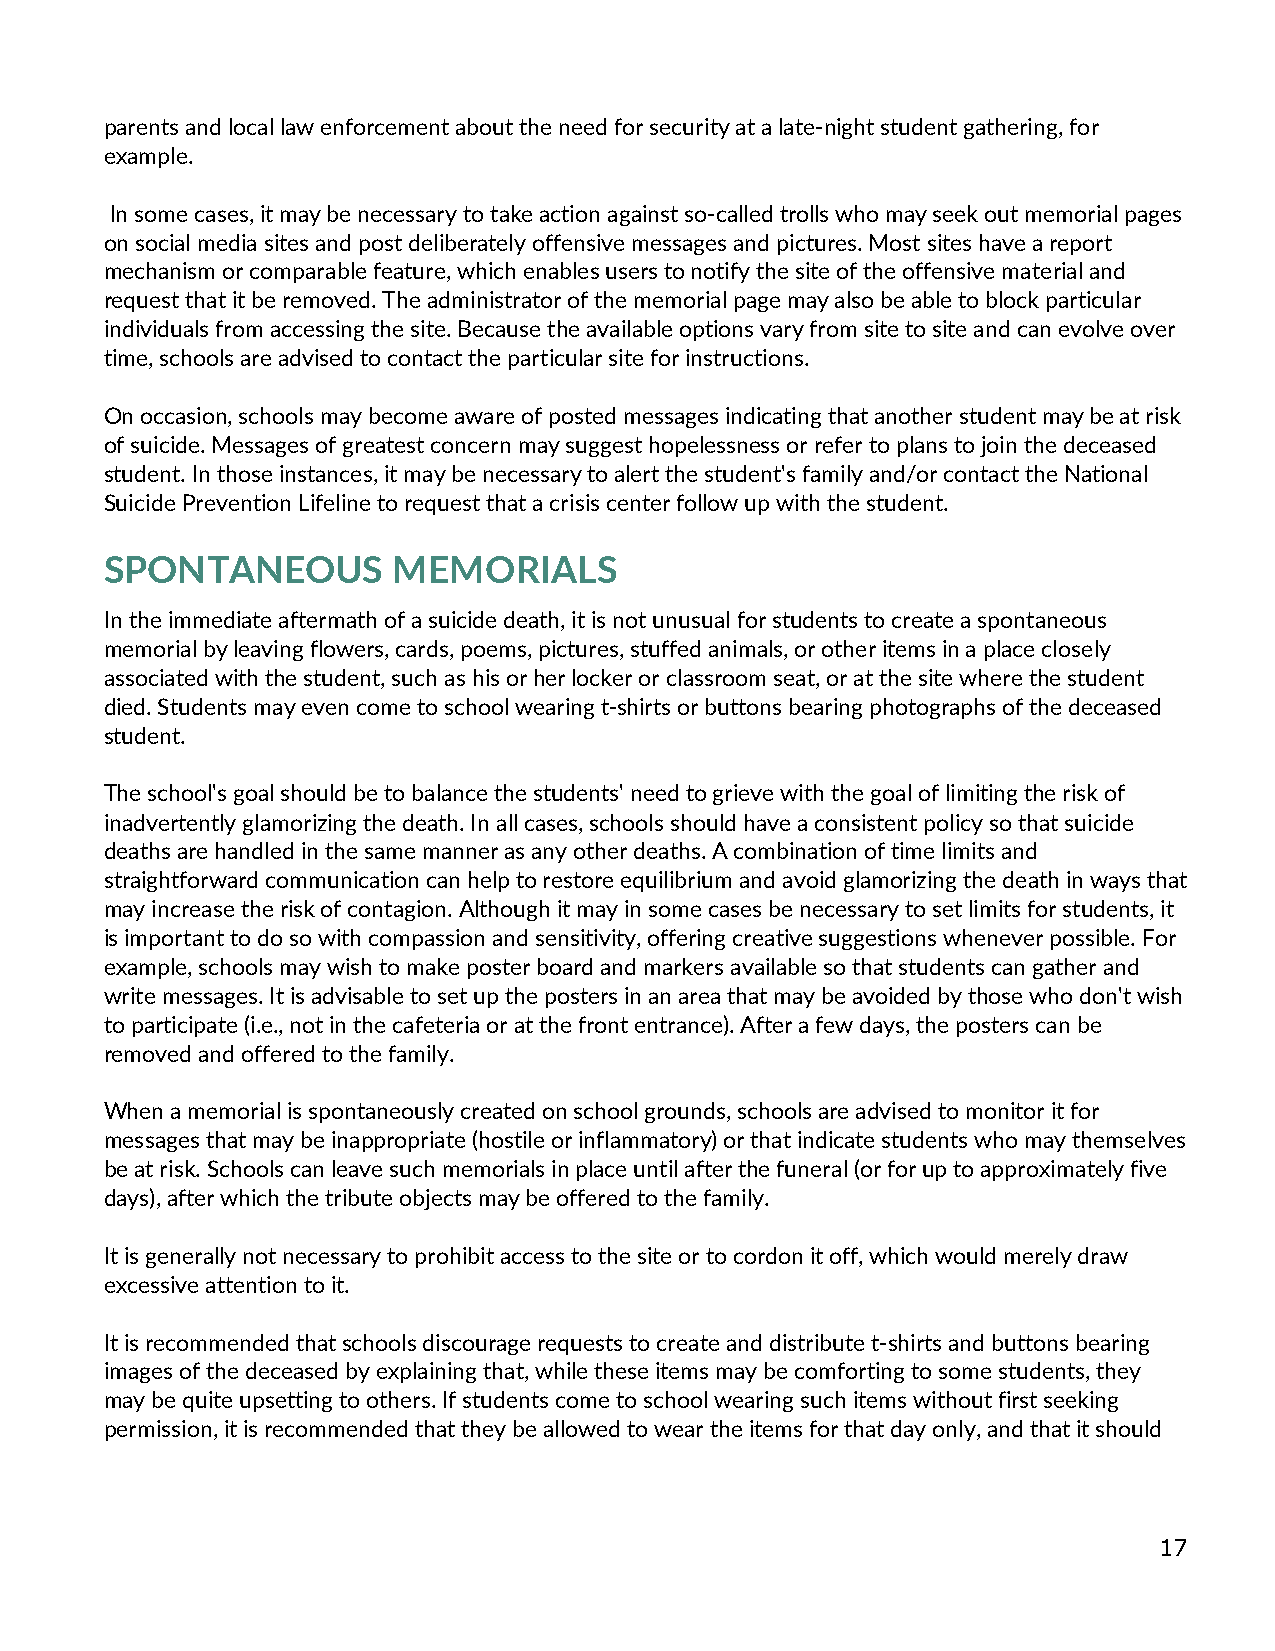
parents and local law enforcement about the need for security at a late-night student gathering, for
 example.
 In some cases, it may be necessary to take action against so-called trolls who may seek out memorial pages
 on social media sites and post deliberately offensive messages and pictures. Most sites have a report
 mechanism or comparable feature, which enables users to notify the site of the offensive material and
 request that it be removed. The administrator of the memorial page may also be able to block particular
 individuals from accessing the site. Because the available options vary from site to site and can evolve over
 time, schools are advised to contact the particular site for instructions.
 On occasion, schools may become aware of posted messages indicating that another student may be at risk
 of suicide. Messages of greatest concern may suggest hopelessness or refer to plans to join the deceased
 student. In those instances, it may be necessary to alert the student's family and/or contact the National
 Suicide Prevention Lifeline to request that a crisis center follow up with the student.
 SPONTANEOUS        MEMORIALS
 In the immediate aftermath of a suicide death, it is not unusual for students to create a spontaneous
 memorial by leaving flowers, cards, poems, pictures, stuffed animals, or other items in a place closely
 associated with the student, such as his or her locker or classroom seat, or at the site where the student
 died. Students may even come to school wearing t-shirts or buttons bearing photographs of the deceased
 student.
 The school's goal should be to balance the students' need to grieve with the goal of limiting the risk of
 inadvertently glamorizing the death. In all cases, schools should have a consistent policy so that suicide
 deaths are handled in the same manner as any other deaths. A combination of time limits and
 straightforward communication can help to restore equilibrium and avoid glamorizing the death in ways that
 may increase the risk of contagion. Although it may in some cases be necessary to set limits for students, it
 is important to do so with compassion and sensitivity, offering creative suggestions whenever possible. For
 example, schools may wish to make poster board and markers available so that students can gather and
 write messages. It is advisable to set up the posters in an area that may be avoided by those who don't wish
 to participate (i.e., not in the cafeteria or at the front entrance). After a few days, the posters can be
 removed and offered to the family.
 When a memorial is spontaneously created on school grounds, schools are advised to monitor it for
 messages that may be inappropriate (hostile or inflammatory) or that indicate students who may themselves
 be at risk. Schools can leave such memorials in place until after the funeral (or for up to approximately five
 days), after which the tribute objects may be offered to the family.
 It is generally not necessary to prohibit access to the site or to cordon it off, which would merely draw
 excessive attention to it.
 It is recommended that schools discourage requests to create and distribute t-shirts and buttons bearing
 images of the deceased by explaining that, while these items may be comforting to some students, they
 may be quite upsetting to others. If students come to school wearing such items without first seeking
 permission, it is recommended that they be allowed to wear the items for that day only, and that it should
 17